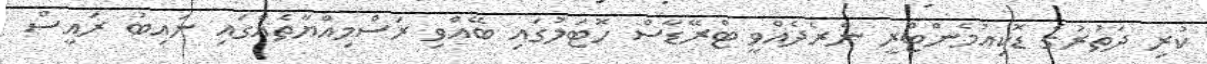
ކުރި ދަތުރުގެ ޑޮކިއުމެންޓްރީ ނެރެދެއްވީ ޓްރޭޑާސް ހޮޓަލުގައި ބޭއްވި ރަސްމިއްޔާތެއްގައި ނައިބު ރައީސް